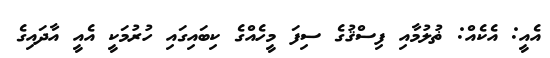
އެއީ: އެކެއް: ޡުލުމާއި ފިސްޤުގެ ސިފަ މީހެއްގެ ކިބައިގައި ހުރުމަކީ އެއީ އާދައިގެ